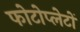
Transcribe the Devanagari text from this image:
फोटोप्लेटों